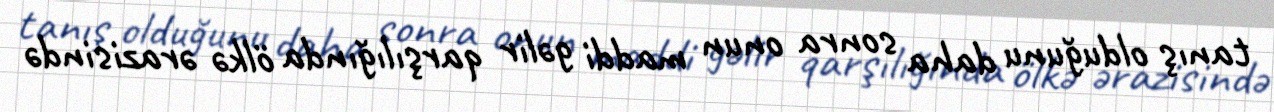
tanış olduğunu daha sonra onun maddi gəlir qarşılığında ölkə ərazisində